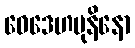
ဝေဒေဟမုနိနော